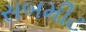
સબમીટ